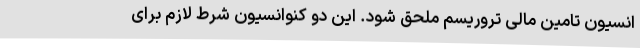
انسیون تامین مالی تروریسم ملحق شود. این دو کنوانسیون شرط لازم برای